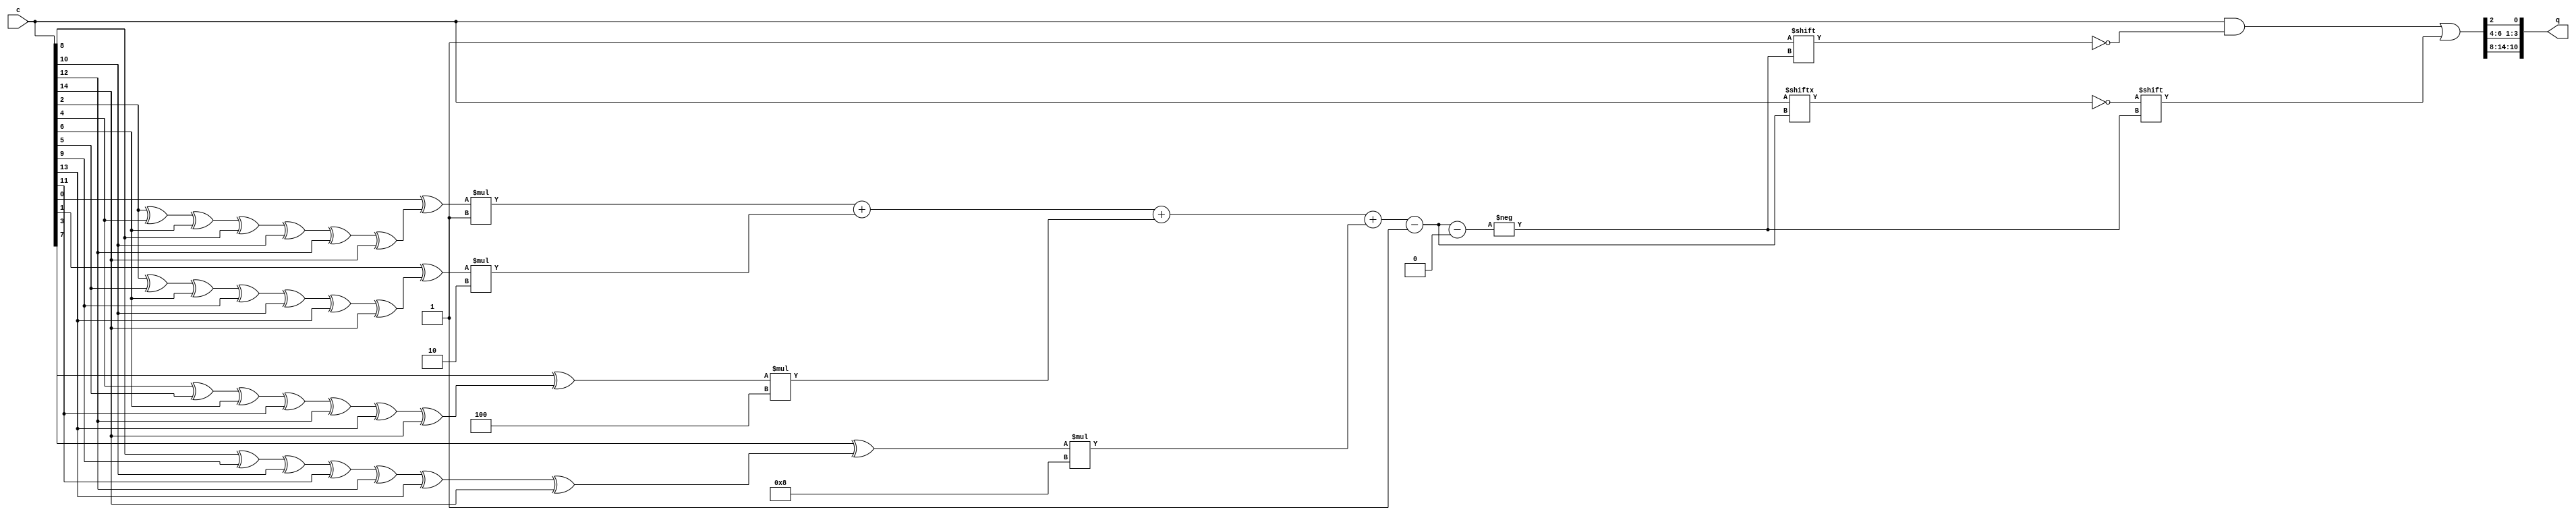
module ham_15_11_decoder (c,q);
	// Output signals representing the 11-bit decoded vector
	output reg [10:0] q;
	
	
	// Input signals representing the 15-bit input
	input [14:0] c;
	
	
	// Declare "reg" signals...
	// Parity bits for Hamming decoding - P's (P primes)
	reg [3:0] pb;
	// Syndrome bits for Hamming decoding
	reg [3:0] s;
	// Temporary variable to contain the conversion from binary to decimal
	//real temp;
	reg [3:0] temp;
	// Temporary storage for inputs
	reg [14:0] inputs;
	
	// Declare "wire" signals...
	// Defining constants: parameter [name_of_constant] = value;
	
	
	always @(*)
	begin
	
		/*
		 * Determine for each parity prime bit, what code bits
		 * is it made of
		 */
		pb[0]=c[2]^c[4]^c[6]^c[8]^c[10]^c[12]^c[14];
		pb[1]=c[2]^c[5]^c[6]^c[9]^c[10]^c[13]^c[14];
		pb[2]=c[4]^c[5]^c[6]^c[11]^c[12]^c[13]^c[14];
		pb[3]=c[8]^c[9]^c[10]^c[11]^c[12]^c[13]^c[14];
//	assign p[0]=d[0];
	//p{0}=d{0};
	//p(0)=d(0);		
		
		// Determine S from pb and p
		s[0] = c[0]^pb[0];
		s[1] = c[1]^pb[1];
		s[2] = c[3]^pb[2];
		s[3] = c[7]^pb[3];
	
		// Temporary store the values into a temp variable
		inputs=c;
	
			
		// Flip the decode bit with the detected error to correct it
		/*
		temp[0]=s[0]*1;
		temp[1]=s[1]*2;
		temp[2]=s[2]*4;
		temp[3]=s[3]*8;
		*/
		temp=s[0]*1;
		temp=temp+s[1]*2;
		temp=temp+s[2]*4;
		temp=temp+s[3]*8-1;
		//temp=$bitstoreal(s);
		//c[temp]=c[temp]^1;	// Compiling error
		//q[temp]=c[temp]^1;	// I/P index != output index
		inputs[temp]=c[temp]^1;
		
		
		// Assign the decoded signal bits to syndrome bits...
		q[0]=inputs[2];
		q[1]=inputs[4];
		q[2]=inputs[5];
		q[3]=inputs[6];
		q[4]=inputs[8];
		q[5]=inputs[9];
		q[6]=inputs[10];
		q[7]=inputs[11];
		q[8]=inputs[12];
		q[9]=inputs[13];
		q[10]=inputs[14];

	end
	
	
endmodule